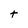
Character: t